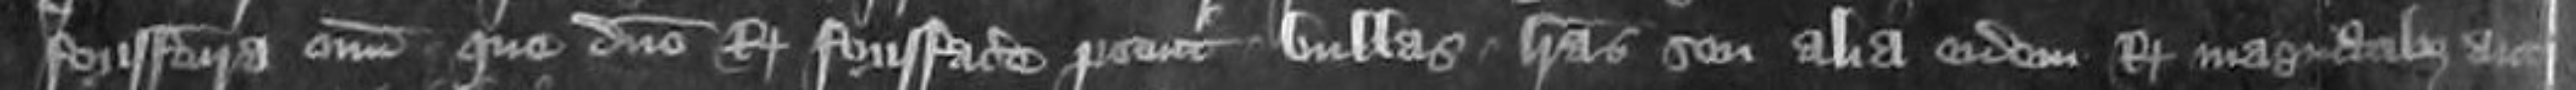
forisfactura omnium que domino Regi forisfacere potuit bullas litteras seu alia eidem Regi magnatibus aut